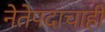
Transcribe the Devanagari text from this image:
नेतेपदाचाही